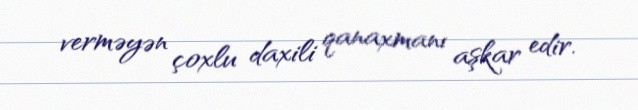
verməyən çoxlu daxili qanaxmanı aşkar edir.